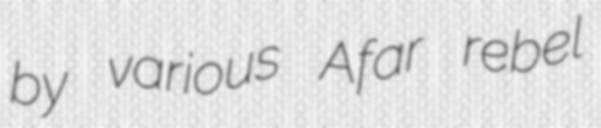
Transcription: by various Afar rebel